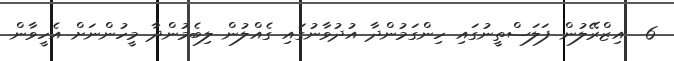
6  އިޒްރޭލުން ފަލަސްތީނުގައި ހިންގަމުންދާ އުދުވާނުގައި ގެއްލުން ލިބެމުންދާ މީހުންނަށް އެހީވާން